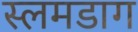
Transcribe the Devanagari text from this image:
स्लमडाग